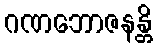
ဂဏဘောဇနန္တိ